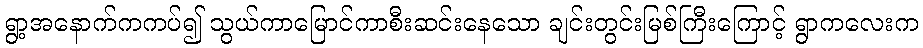
ရွာ့အနောက်ကကပ်၍ သွယ်ကာမြောင်ကာစီးဆင်းနေသော ချင်းတွင်းမြစ်ကြီးကြောင့် ရွာကလေးက